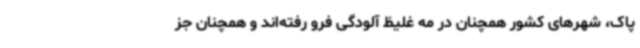
پاک، شهرهای کشور همچنان در مه غلیظ آلودگی فرو رفته‌اند و همچنان جز